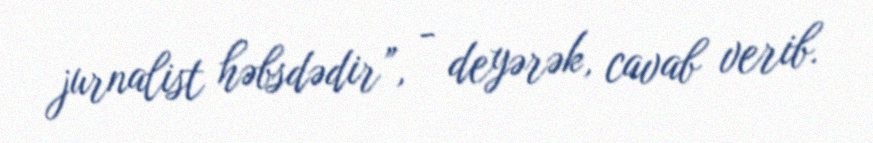
jurnalist həbsdədir”, - deyərək, cavab verib.